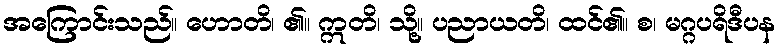
အကြောင်းသည်။ ဟောတိ၊ ၏။ ဣတိ၊ သို့။ ပညာယတိ၊ ထင်၏။ စ၊ မဂ္ဂပရိဒီပန